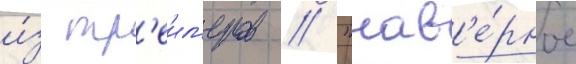
и́з тр'еил'еров // "нав'е́рное